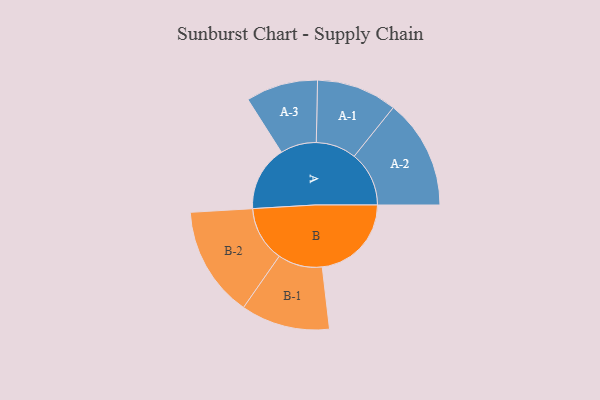
{"axis": {"x": "Segment", "y": "Value"}, "legend": ["", "A", "B"], "data": [{"x": "A", "y": 353, "type": ""}, {"x": "B", "y": 483, "type": ""}, {"x": "A-1", "y": 218, "type": "A"}, {"x": "A-2", "y": 297, "type": "A"}, {"x": "A-3", "y": 195, "type": "A"}, {"x": "B-1", "y": 241, "type": "B"}, {"x": "B-2", "y": 300, "type": "B"}]}